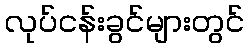
လုပ်ငန်းခွင်များတွင်